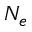
N _ { e }